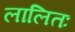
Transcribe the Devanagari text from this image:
लालितः